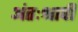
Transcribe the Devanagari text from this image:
अंतःश्रावी